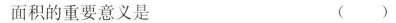
面积的重要意义是 ( )